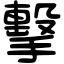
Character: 擊